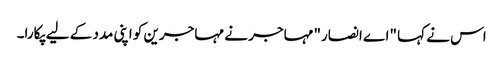
اس نے کہا "اے انصار" مہاجر نے مہاجرین کو اپنی مدد کے لیے پکارا۔